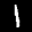
Label: 1